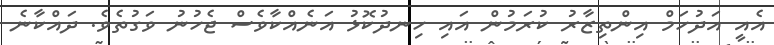
އެއީ އަދުހަމް އިންތިޒާރު ކުރަމުން އައި ހިނދުކޮޅު އަނެއްކާާވެސް ޖެހުނު ވަގުތެވެ. ދައްކާނެ